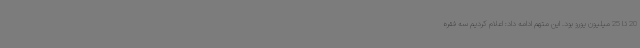
20 تا 25 میلیون یورو بود. این متهم ادامه داد: اعلام کردیم سه فقره